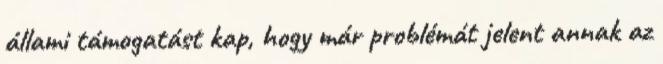
állami támogatást kap, hogy már problémát jelent annak az